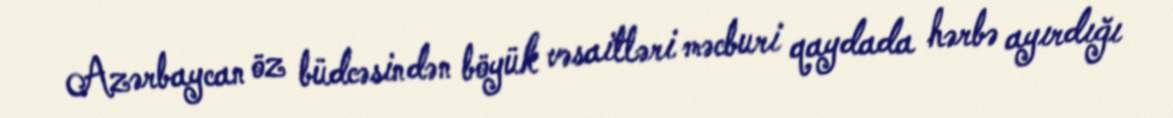
Azərbaycan öz büdcəsindən böyük vəsaitləri məcburi qaydada hərbə ayırdığı